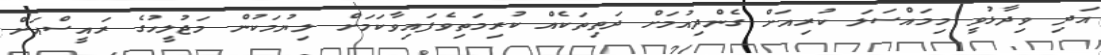
އަދި ވިދާޅުވީ މިމައްސަލަ ކުރިއަށް ގެންދިއުމަށް ދަތިތަކެއް ކުރިމަތިވެފައިވާކަމަށް ލިޔުމަކުން މަޖުލީހުގެ ރައީސްއަށް